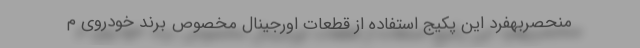
منحصربهفرد این پکیج استفاده از قطعات اورجینال مخصوص برند خودروی م